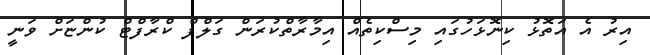
އިރު އެ އަތޮޅު ކިނޮޅަހުގައި މިސްކިތެއް އިމާރާތްކުރަން ގަލްފް ކްރާފްޓް ކުންޏަށް ވަނީ